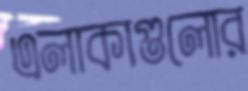
এলাকাগুলোর